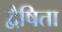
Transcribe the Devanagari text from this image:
द्वैषिता